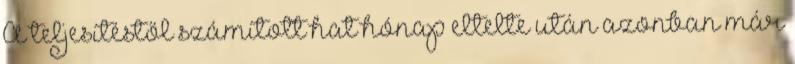
A teljesítéstől számított hat hónap eltelte után azonban már